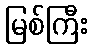
မြစ်ကြီး